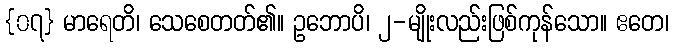
{၀၇} မာရေတိ၊ သေစေတတ်၏။ ဥဘောပိ၊ ၂-မျိုးလည်းဖြစ်ကုန်သော။ ဧတေ၊